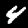
Label: 4